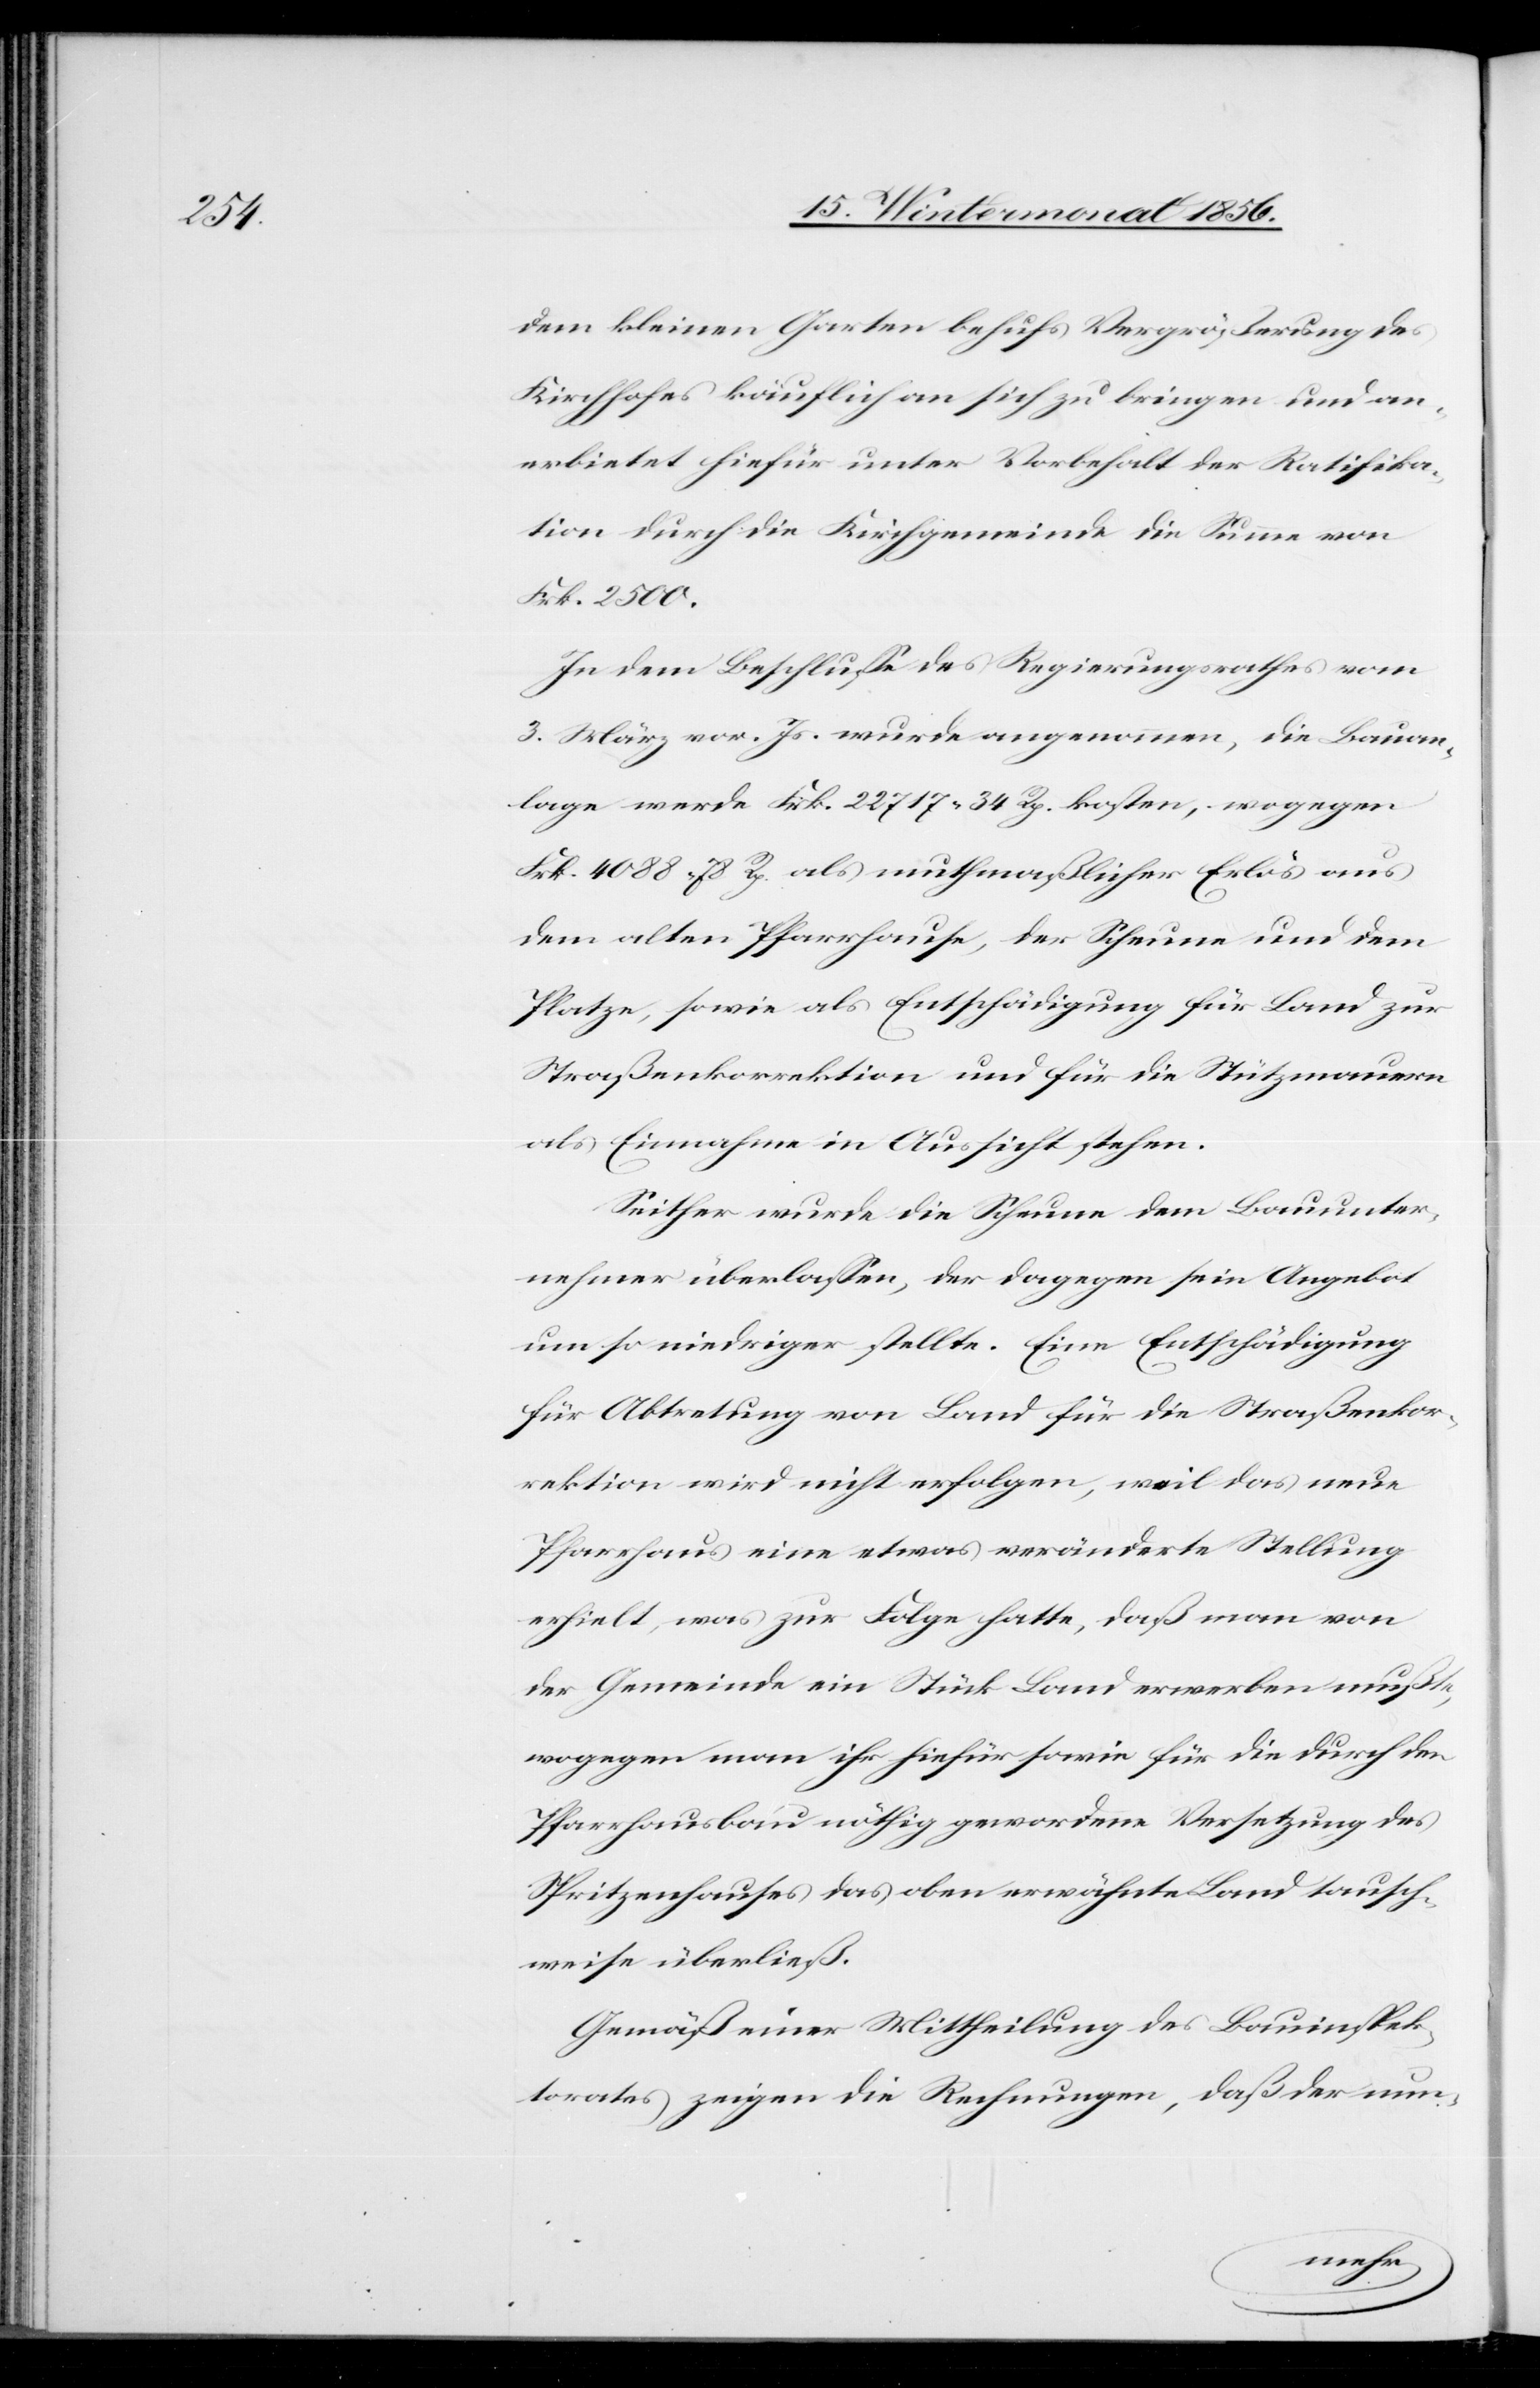
dem kleinen Garten behufs Vergrößerung des
Kirchhofes käuflich an sich zu bringen und an¬
erbietet hiefür unter Vorbehalt der Ratifika¬
tion durch die Kirchgemeinde die Summe von
Frk. 2500.
In dem Beschlusse des Regierungsrathes vom
3. März vor. Js. wurde angenommen, die Bauan¬
lage werde Frk. 22 717. 34 Rp. kosten, wogegen
Frk. 4088. 78 Rp. als muthmaßlicher Erlös aus
dem alten Pfarrhause, der Scheune und dem
Platze, sowie als Entschädigung für Land zur
Straßenkorrektion und für die Stützmauern
als Einnahme in Aussicht stehen.
Seither wurde die Scheune dem Bauunter¬
nehmer überlassen, der dagegen sein Angebot
um so niedriger stellte. Eine Entschädigung
für Abtretung von Land für die Straßenkor¬
rektion wird nicht erfolgen, weil das neue
Pfarrhaus eine etwas veränderte Stellung
erhielt, was zur Folge hatte, daß man von
der Gemeinde ein Stück Land erwerben mußte,
wogegen man ihr hiefür sowie für die durch den
Pfarrhausbau nöthig gewordene Versetzung des
Spritzenhauses das oben erwähnte Land tausch¬
weise überließ.
Gemäß einer Mittheilung des Bauinspek¬
torates zeigen die Rechnungen, daß der nun-